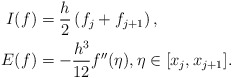
\begin{align*}\begin{aligned}I(f)&=\frac{h}{2}\left(f_{j}+f_{j+1}\right), \\E(f)&=-\frac{h^3}{12}f''(\eta),\eta\in[x_{j}, x_{j+1}]. \end{aligned}\end{align*}